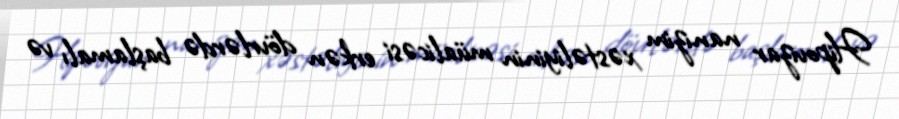
Hipovizar nanizim xəstəliyinin müalicəsi erkən dövrlərdə başlamalı və